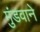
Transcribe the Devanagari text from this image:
मुंडवाने